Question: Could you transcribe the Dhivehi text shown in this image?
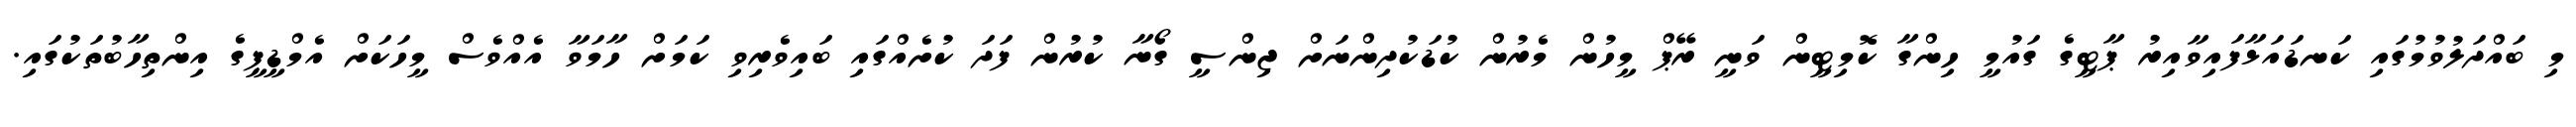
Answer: މި ބައްދަލުވުމުގައި ކަނޑައަޅާފައިވާއިރު ޕާޓީގެ ގައުމީ ހިންގާ ކޮމިޓީން ވަނީ ރޭޕް މީހުން މެރުން ކުޑަކުދިންނަށް ޖިންސީ ގޯނާ ކުރުން ފަދަ ކުށެއްގައި ބައިވެރިވި ކަމަށް ހާމަވާ އެއްވެސް މީހަކަށް އެމްޑީޕީގެ އިންތިހާބުތަކުގައި.